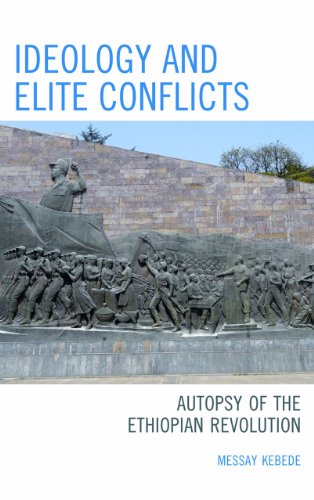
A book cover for Ideology and Elite Conflicts: Autopsy of the Ethiopian Revolution; Messay Kebede; History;